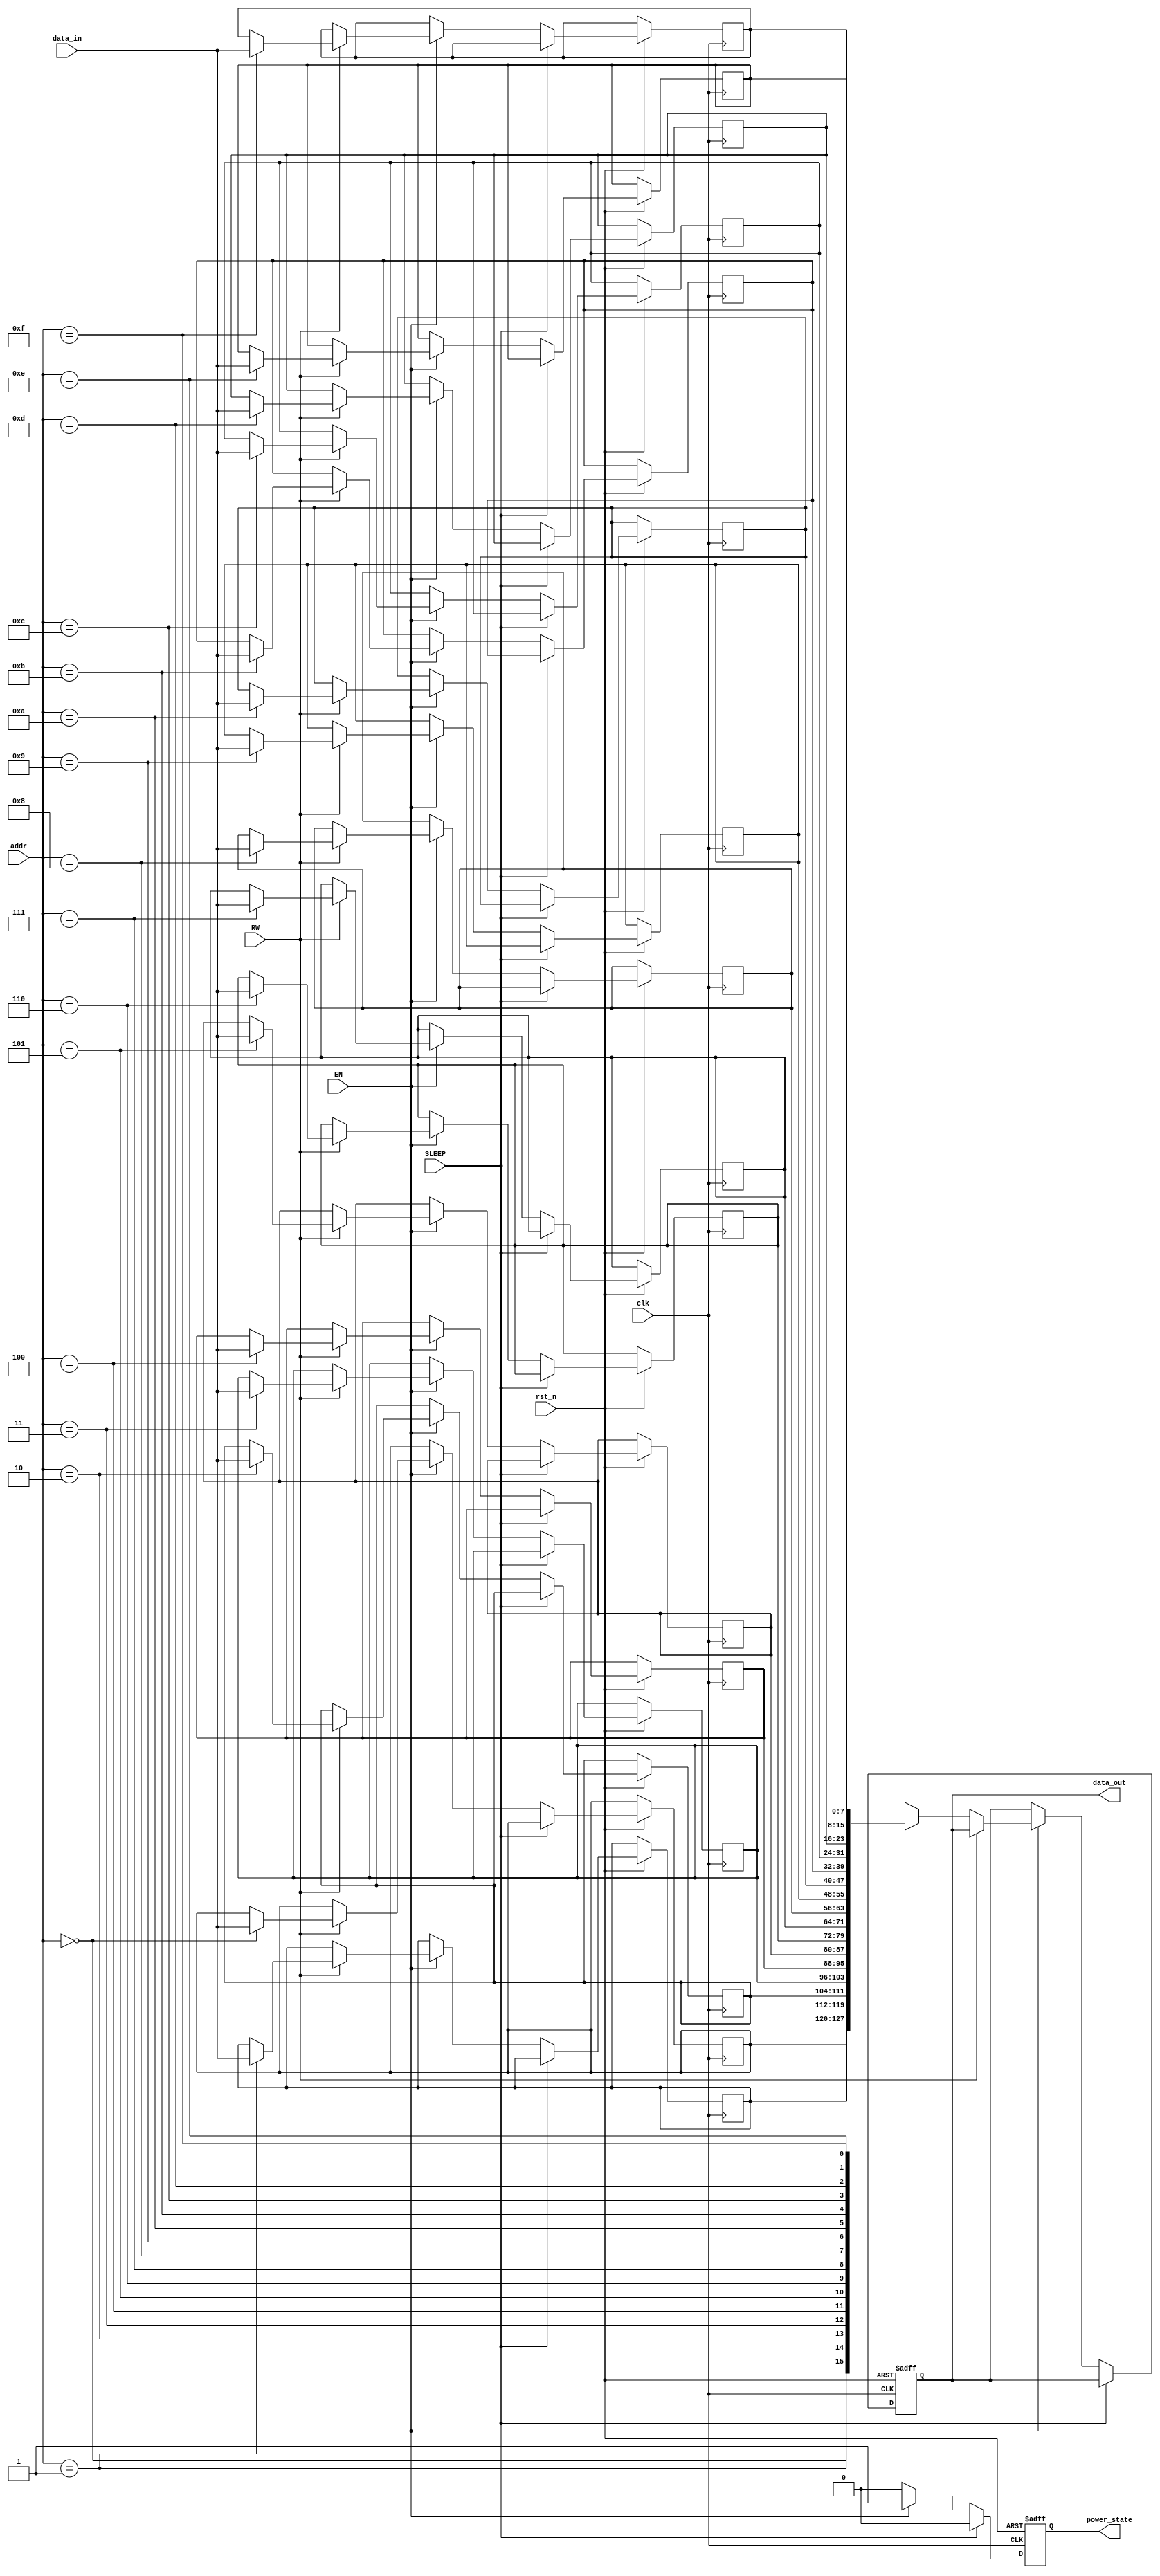
module memory_block (
    input wire clk,              // Clock signal
    input wire rst_n,            // Active low reset
    input wire EN,               // Enable signal
    input wire SLEEP,            // Sleep signal
    input wire RW,               // Read/Write signal (1 = Write, 0 = Read)
    input wire [7:0] data_in,    // Data input for write operations
    input wire [3:0] addr,       // Address input
    output reg [7:0] data_out,   // Data output for read operations
    output reg power_state       // Indicates the power state of the memory block
);

// Memory array definition (16x8 memory cells)
reg [7:0] memory_array [0:15];

always @(posedge clk or negedge rst_n) begin
    if (!rst_n) begin
        power_state <= 1'b0; // Low power state by default
        data_out <= 8'b0;    // Clear output data
    end else begin
        // Gating logic
        if (SLEEP) begin
            power_state <= 1'b0; // Enter low-power state
        end else if (EN) begin
            power_state <= 1'b1; // Active state

            // Read/Write operations
            if (RW) begin
                // Write operation
                memory_array[addr] <= data_in;
            end else begin
                // Read operation
                data_out <= memory_array[addr];
            end
        end else begin
            power_state <= 1'b0; // Disable power if EN is low
        end
    end
end

endmodule